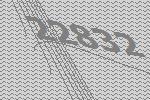
22832